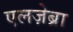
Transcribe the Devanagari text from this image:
एलज़ेब्रा